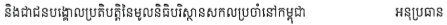
និងជាជនបង្គោលប្រតិបត្តិនៃមូលនិធិបរិស្ថានសកលប្រចាំនៅកម្ពុជា អនុប្រធាន